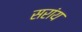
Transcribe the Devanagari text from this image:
सरांय